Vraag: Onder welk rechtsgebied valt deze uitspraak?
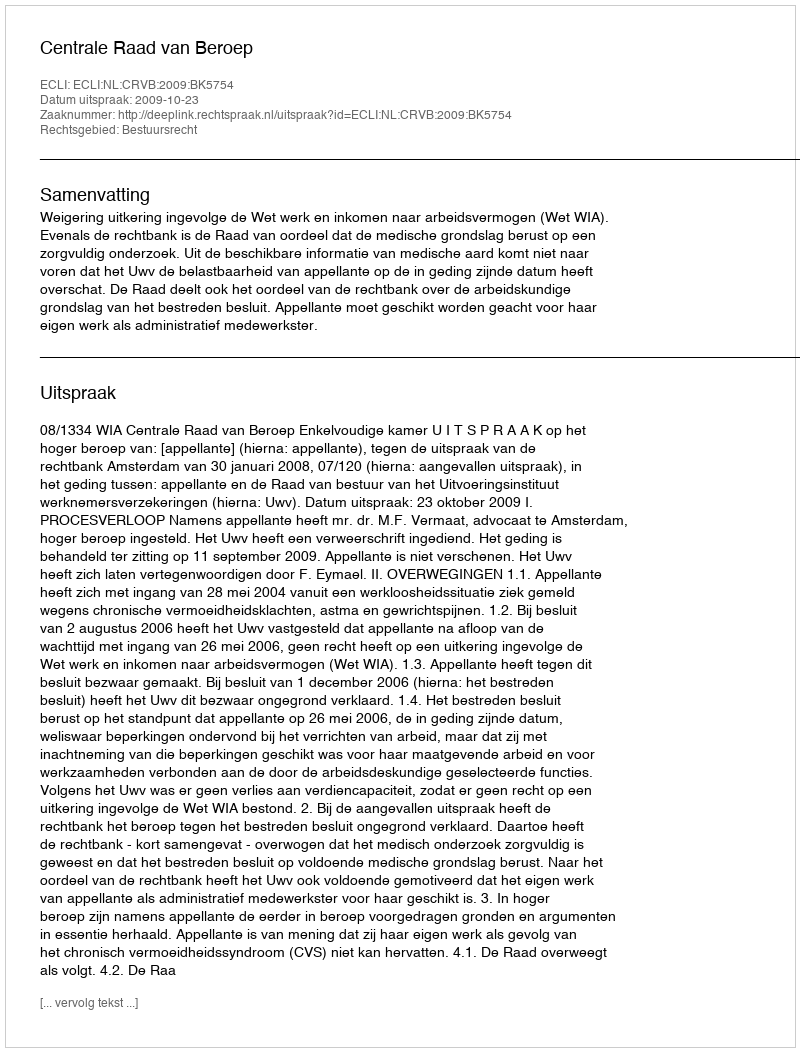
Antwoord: Bestuursrecht